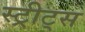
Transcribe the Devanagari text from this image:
स्ट्रीट्‌स